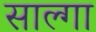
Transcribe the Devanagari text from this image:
साल्गा